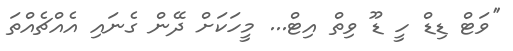
''ވަޓް ޑިޑް ހީ ޑޫ ވިތް އިޓް... މީހަކަށް ދޭން ގެނައި އެއްޗެއްތަ